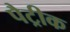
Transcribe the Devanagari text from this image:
पैट्रीक